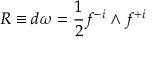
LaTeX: { \cal R } \equiv d \omega = { \frac { 1 } { 2 } } f ^ { - i } \wedge f ^ { + i }